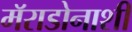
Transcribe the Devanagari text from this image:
मॅराडोनाशी